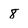
Character: 8